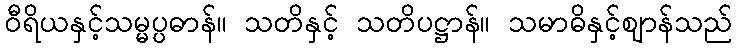
ဝီရိယနှင့်သမ္မပ္ပဓာန်။ သတိနှင့် သတိပဋ္ဌာန်။ သမာဓိနှင့်ဈာန်သည်